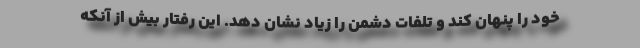
خود را پنهان کند و تلفات دشمن را زیاد نشان دهد. این رفتار بیش از آنکه